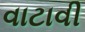
વાટાવી